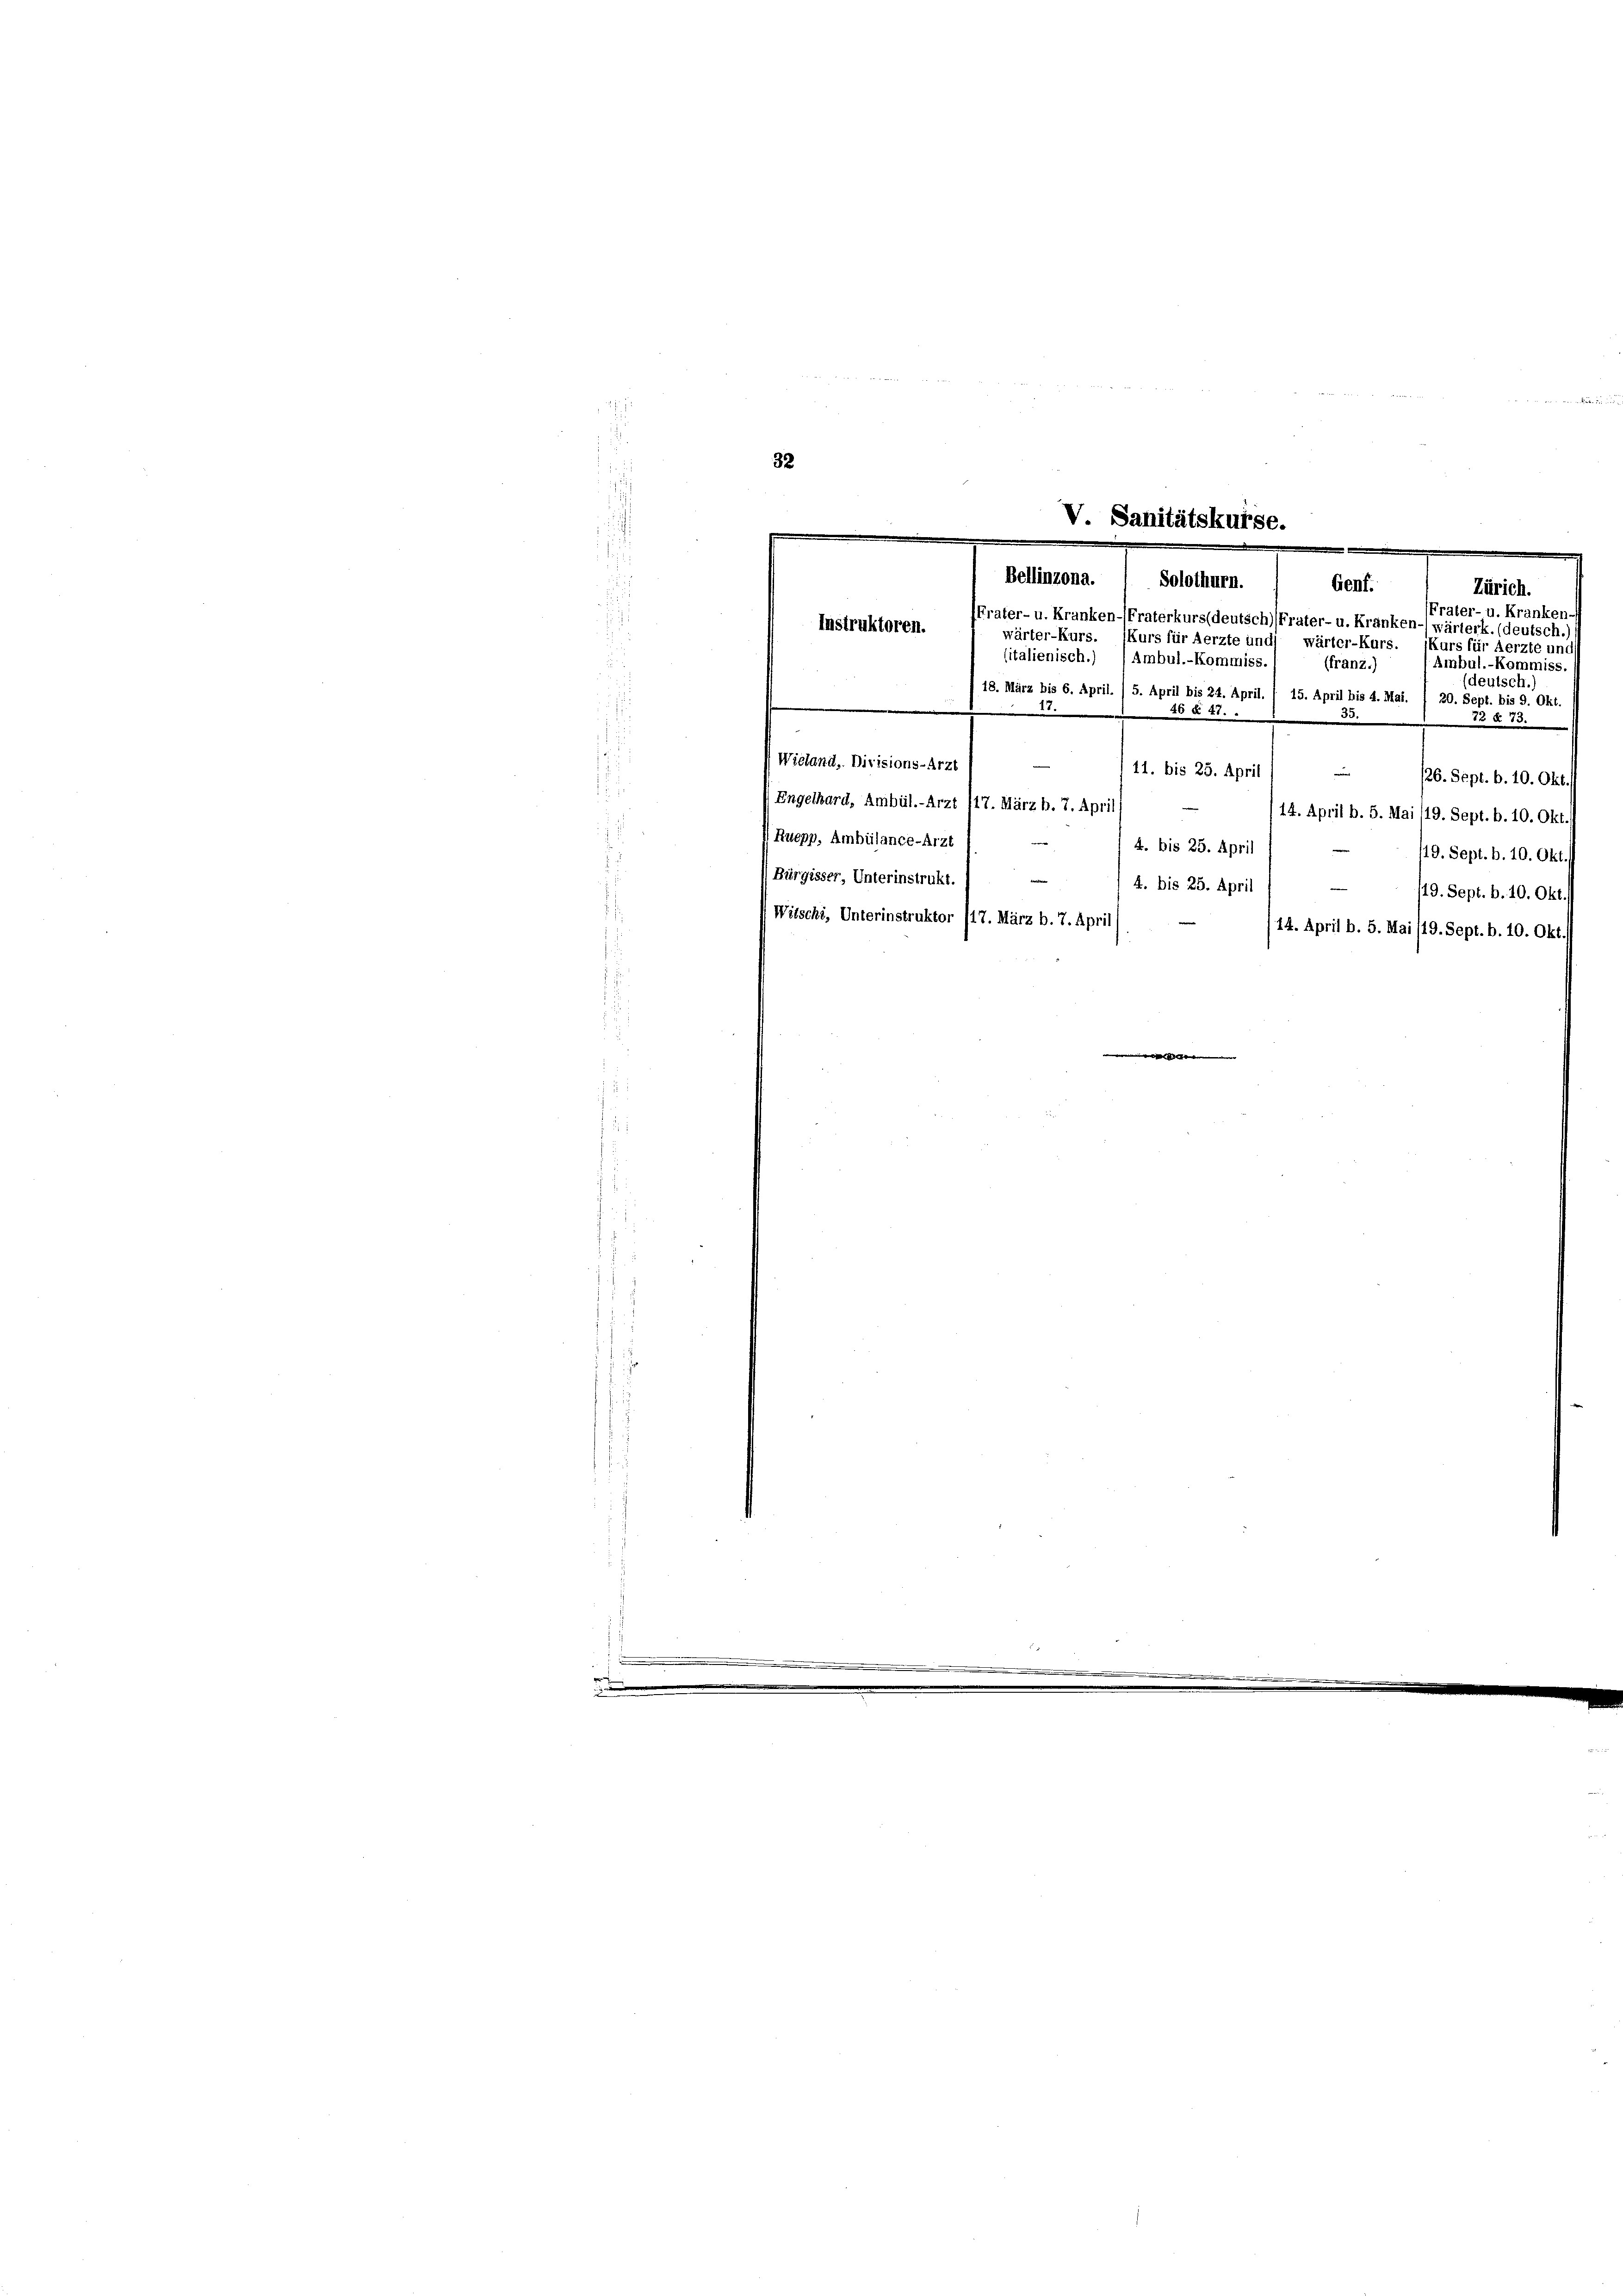
32

V. Sanitätskurse.
.
Bellinzona.  Solothurn.
Genf.
Zürich.
Frater- u. Kranker
Frater- u. Kranken-Fraterkurs (deutsch) Frater- u. Kranken-wärterk. (deutsch.)
Instruktoren.
wärter-Kurs. (Kurs für Aerzte und wärter-Kurs. Kurs für Aerzte und
n
sitalienisch.) , Ambul.-Kommiss.
Ambul.-Kommiss.
(franz.)

(deutsch.)
18. März bis 6. April. / 5. April bis 24. April. / 15. April bis 4. Mai. 1 20. Sept. bis 9. Okt.
20 § 21.
35.
73 § 73.
Wieland. Divisions-Arzt
11. bis 25. April
|
126. Sept. b. 10. Okt./
 Engelhard, Ambül.-Arzt 117. März h. 7. April
14. April b. 5. Mai /19. Sept. b. 10. Okt
(Ruepp, Ambülance-Arzt
4. bis 25. April
119. Sept. b. 10. Okt./
Bürgisser, Unterinstrukt.) —
e
4. bis 25. April
19. Sept. b. 10. Okt./
Witschi, Unterinstruktor /17. März b. 7. April
14. April b. 5. Mai /19. Sept. b. 10. Okt
i